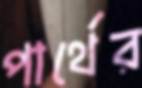
পার্থের